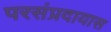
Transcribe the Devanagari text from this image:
परसंप्रदायास